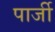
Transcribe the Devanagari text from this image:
पार्जी